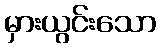
မှားယွင်းသော